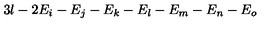
3 l - 2 E _ { i } - E _ { j } - E _ { k } - E _ { l } - E _ { m } - E _ { n } - E _ { o }